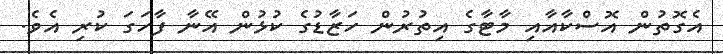
އެގޮތުން އޮސްކާއާއި މާޓާގެ އިތުރުން ހަޒާޑުގެ ކުޅުން އޭނާ ފާހަގަ ކުރި އެވެ.